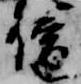
僧